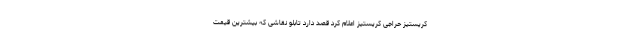
کریستیز حراجی کریستیز اعلام کرد قصد دارد تابلو نقاشی که بیشترین قیمت